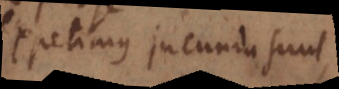
expetimus jucunda sunt.